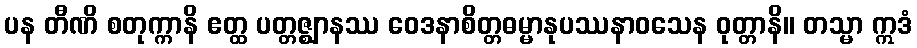
ပန တီဏိ စတုက္ကာနိ ဧတ္ထ ပတ္တဇ္ဈာနဿ ဝေဒနာစိတ္တဓမ္မာနုပဿနာဝသေန ဝုတ္တာနိ။ တသ္မာ ဣဒံ